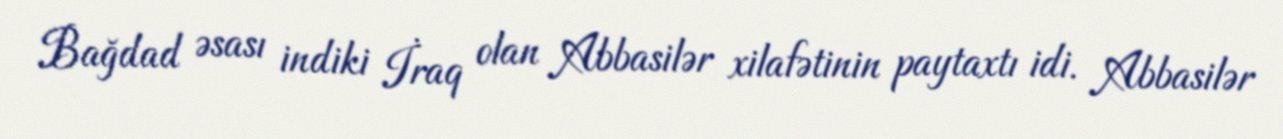
Bağdad əsası indiki İraq olan Abbasilər xilafətinin paytaxtı idi. Abbasilər